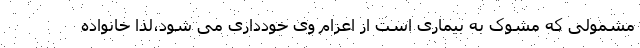
مشمولی که مشوک به بیماری است از اعزام وی خودداری می شود،لذا خانواده